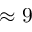
\approx 9